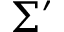
\Sigma ^ { \prime }